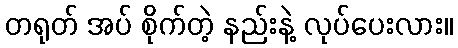
တရုတ် အပ် စိုက်တဲ့ နည်းနဲ့ လုပ်ပေးလား။